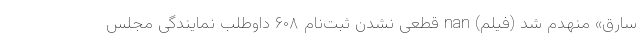
سارق» منهدم شد (فیلم) nan قطعی نشدن ثبت‌نام ۶۰۸ داوطلب نمایندگی مجلس